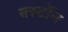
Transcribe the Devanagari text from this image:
बर्स्टोन